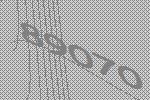
89070